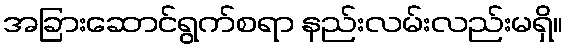
အခြားဆောင်ရွက်စရာ နည်းလမ်းလည်းမရှိ။